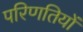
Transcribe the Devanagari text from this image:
परिणतियों